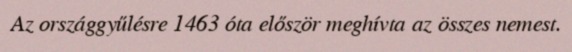
Az országgyűlésre 1463 óta először meghívta az összes nemest.